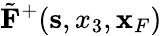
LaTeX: \tilde{\mathbf F}^{+}({\mathbf s},x_{3},{\mathbf x}_{F})